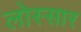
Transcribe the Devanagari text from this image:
लोस्सार